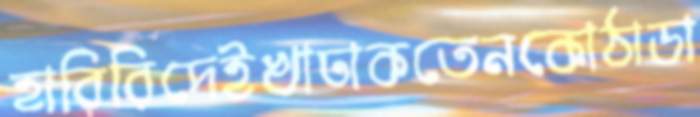
হারিরিদেইখাঢাকতেনকোঠাডা